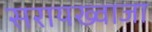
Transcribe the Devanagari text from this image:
सरायख्वाजा